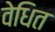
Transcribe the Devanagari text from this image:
वेधित